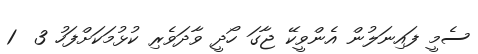
ސެމީ ފައިނަލުން އެންވީކޭ ޖާގަ ހޯދީ ވާދަވެރި ކުޅުމަކަށްފަހު 3  1